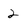
Character: 2